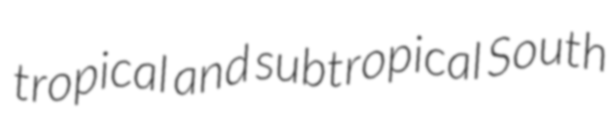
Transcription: tropical and subtropical South